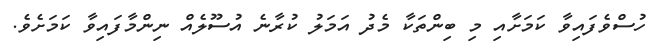
ހުސްވެފައިވާ ކަމަށާއި މި ބިންތަކާ މެދު އަމަލު ކުރާނެ އުސޫލެއް ނިންމާފައިވާ ކަމަށެވެ.